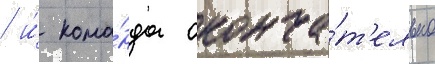
/ и́ кома́нда оконча́т'ельно